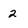
Character: 2